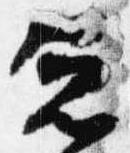
憲